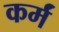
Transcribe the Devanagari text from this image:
कर्मं